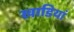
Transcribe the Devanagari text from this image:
खाडियां